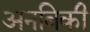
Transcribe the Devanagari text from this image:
अनबिकी